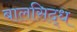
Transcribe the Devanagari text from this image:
बालसिद्ध